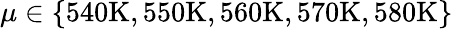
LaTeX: \mu\in\{ 540\mathrm{K},550\mathrm{K},560\mathrm{K},570\mathrm{K},580\mathrm{K}\}